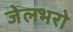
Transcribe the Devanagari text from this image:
जेलभरो